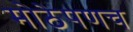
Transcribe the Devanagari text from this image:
मोठेपणच